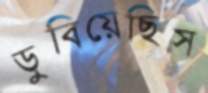
ডুবিয়েছিস